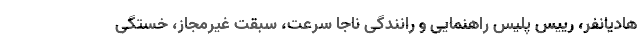
هادیانفر، رییس پلیس راهنمایی و رانندگی ناجا سرعت، سبقت غیرمجاز، خستگی